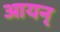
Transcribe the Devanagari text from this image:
आयन्